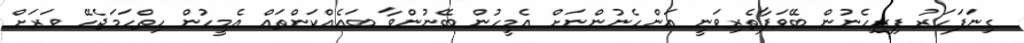
ގިނަފަހަރު ފިރިހެނުން ބޭވަފާތެރިވަނީ އަންހެނުންނަށް އެމީހުން ބޭނުންވާ ބައެއްކަންތައް އެމީހުން ހިތްހަމަޖެހޭ ވަރަށް